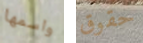
واسمها حقوق